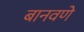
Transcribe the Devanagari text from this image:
बानवणे